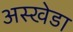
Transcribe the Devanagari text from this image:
अस्खेडा